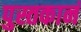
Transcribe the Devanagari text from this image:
पुस्तकानं